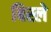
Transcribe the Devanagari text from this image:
बिस्ले